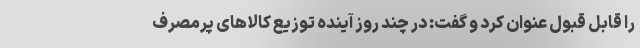
را قابل قبول عنوان کرد و گفت: در چند روز آینده توزیع کالاهای پرمصرف